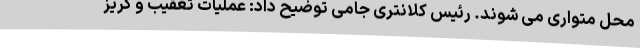
محل متواری می شوند. رئیس کلانتری جامی توضیح داد: عملیات تعقیب و گریز